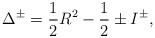
LaTeX: \begin{align*}\Delta ^{\pm }=\frac{1}{2}R^{2}-\frac{1}{2}\pm I^{\pm },\end{align*}